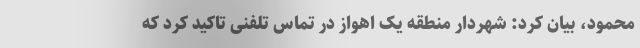
محمود، بیان کرد: شهردار منطقه یک اهواز در تماس تلفنی تاکید کرد که